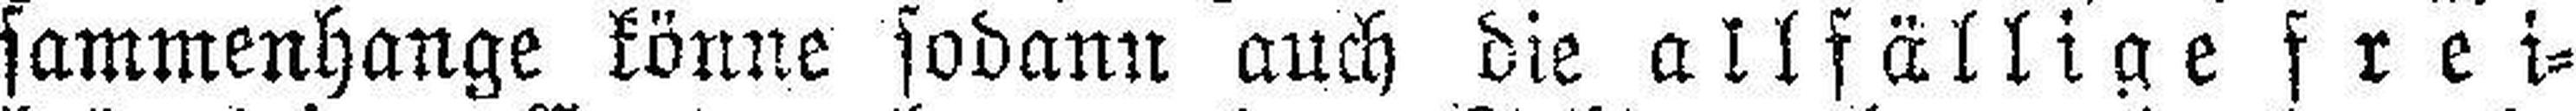
sammenhange könne sodann auch die allfällige frei¬